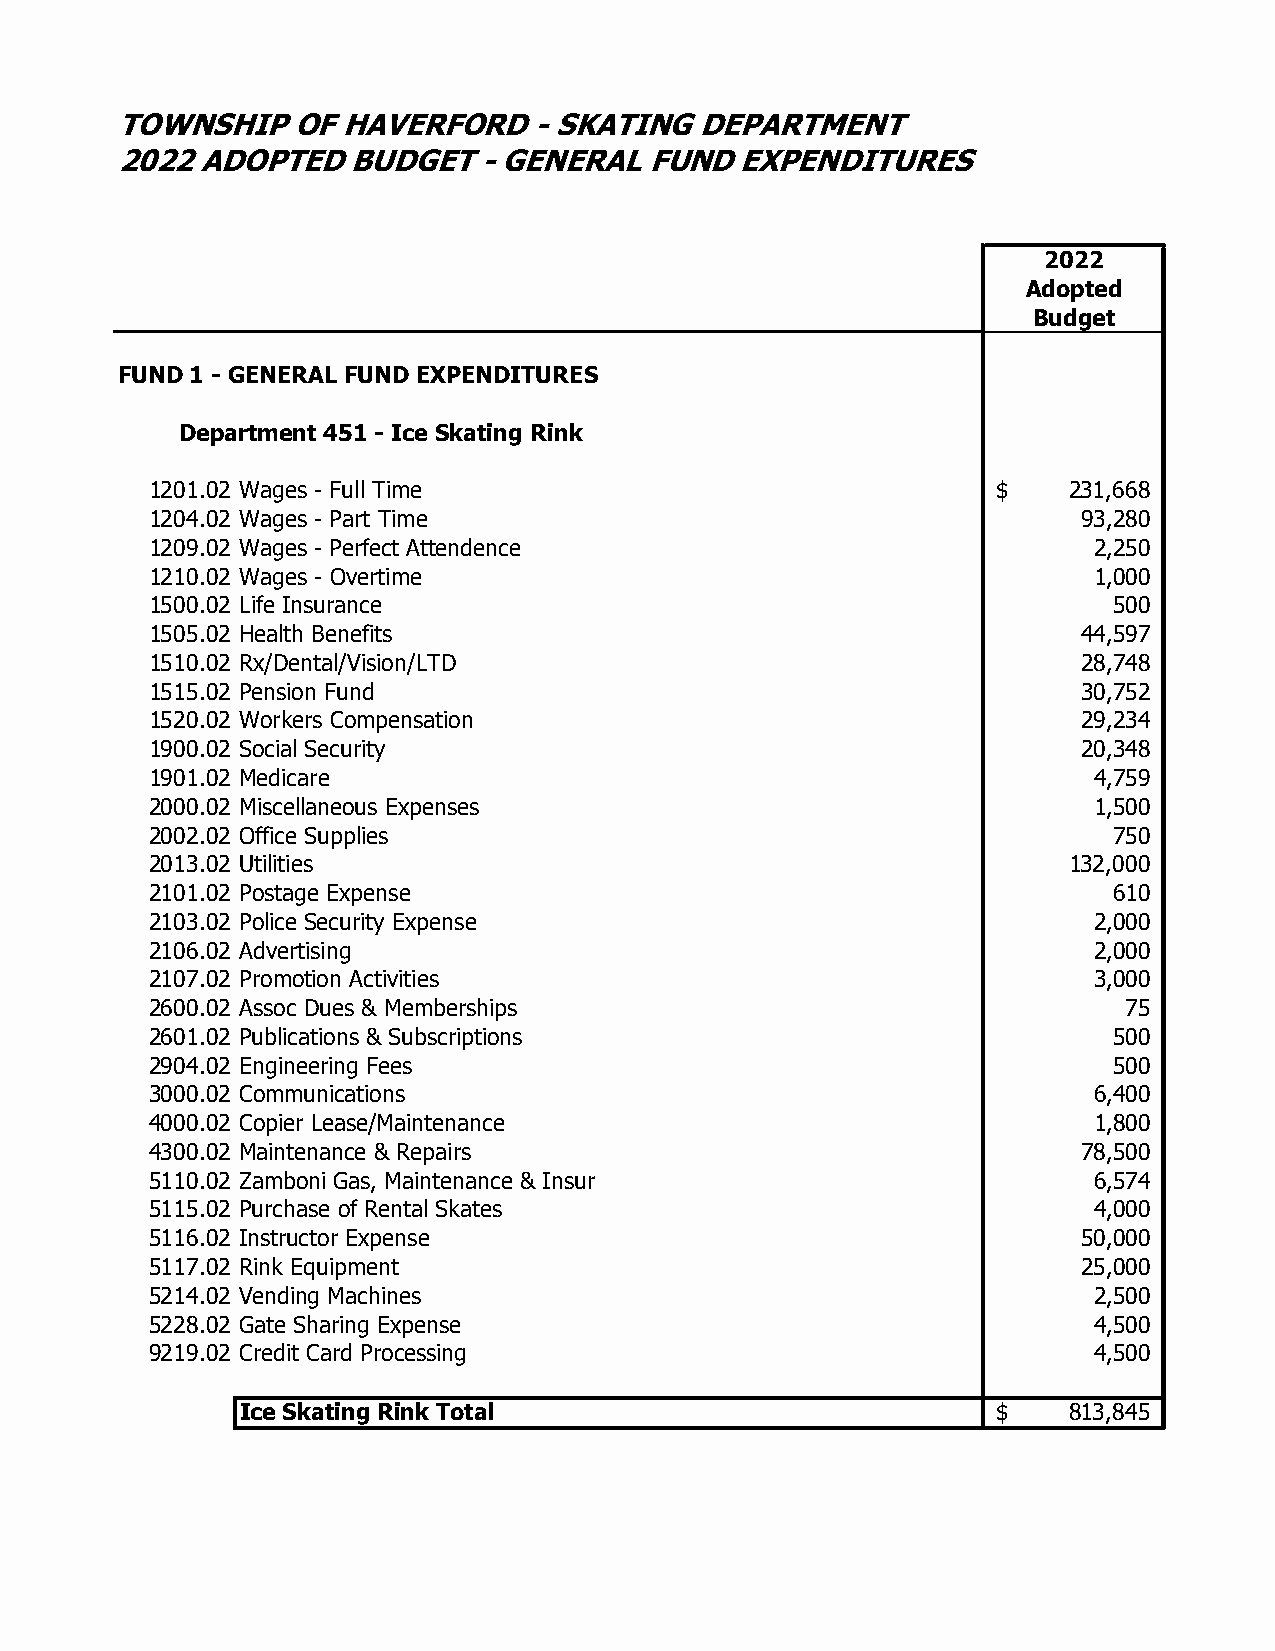
TOWNSHIP   OF  HAVERFORD   - SKATING  DEPARTMENT
 2022 ADOPTED   BUDGET   - GENERAL  FUND  EXPENDITURES
 2022
 Adopted
 Budget
 FUND 1 - GENERAL FUND EXPENDITURES
 Department 451 - Ice Skating Rink
 1201.02 Wages - Full Time                               $    231,668
 1204.02 Wages - Part Time                                     93,280
 1209.02 Wages - Perfect Attendence                            2,250
 1210.02 Wages - Overtime                                      1,000
 1500.02 Life Insurance                                          500
 1505.02 Health Benefits                                       44,597
 1510.02 Rx/Dental/Vision/LTD                                  28,748
 1515.02 Pension Fund                                          30,752
 1520.02 Workers Compensation                                  29,234
 1900.02 Social Security                                       20,348
 1901.02 Medicare                                              4,759
 2000.02 Miscellaneous Expenses                                1,500
 2002.02 Office Supplies                                         750
 2013.02 Utilities                                            132,000
 2101.02 Postage Expense                                         610
 2103.02 Police Security Expense                               2,000
 2106.02 Advertising                                           2,000
 2107.02 Promotion Activities                                  3,000
 2600.02 Assoc Dues & Memberships                                 75
 2601.02 Publications & Subscriptions                            500
 2904.02 Engineering Fees                                        500
 3000.02 Communications                                        6,400
 4000.02 Copier Lease/Maintenance                              1,800
 4300.02 Maintenance & Repairs                                 78,500
 5110.02 Zamboni Gas, Maintenance & Insur                      6,574
 5115.02 Purchase of Rental Skates                             4,000
 5116.02 Instructor Expense                                    50,000
 5117.02 Rink Equipment                                        25,000
 5214.02 Vending Machines                                      2,500
 5228.02 Gate Sharing Expense                                  4,500
 9219.02 Credit Card Processing                                4,500
 Ice Skating Rink Total                            $    813,845